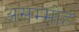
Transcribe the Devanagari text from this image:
असम्मोह